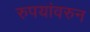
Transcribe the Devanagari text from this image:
रुपयांवरुन